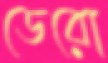
ডেরো